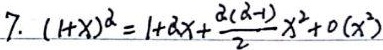
7. \((1 + x)^{\alpha}=1+\alpha x+\frac{\alpha(\alpha - 1)}{2}x^{2}+o(x^{2})\)